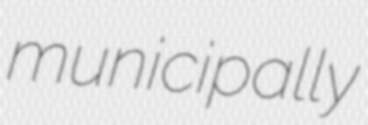
municipally